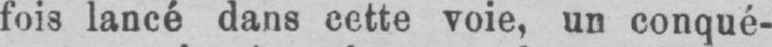
fois lancé dans cette voie, un conqué-